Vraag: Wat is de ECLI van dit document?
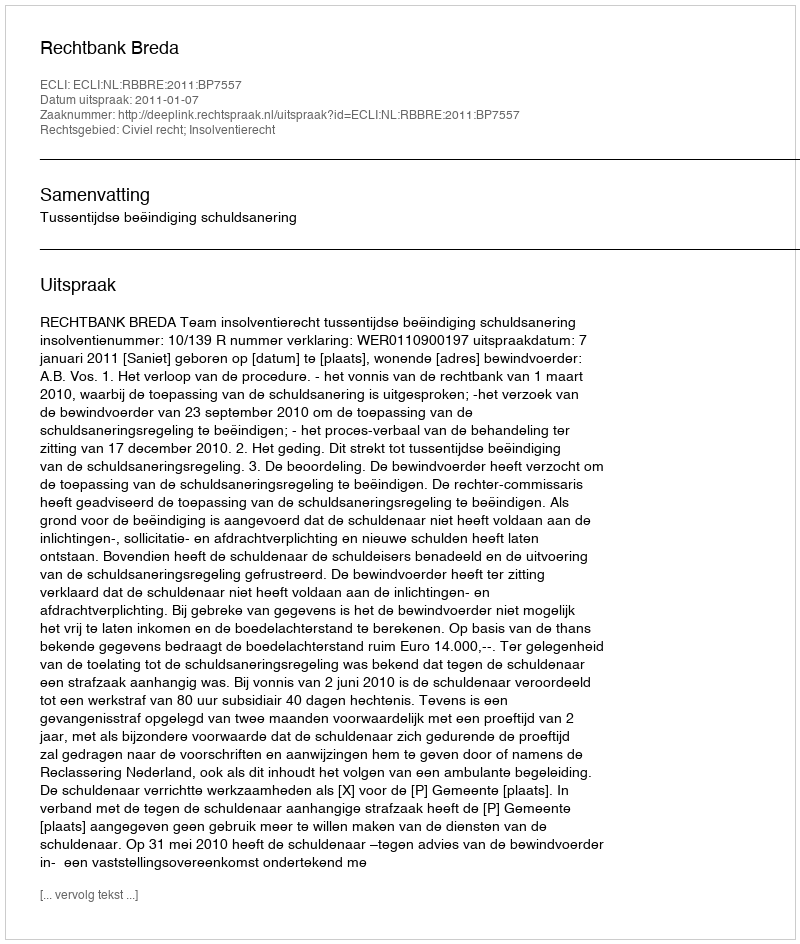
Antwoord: ECLI:NL:RBBRE:2011:BP7557